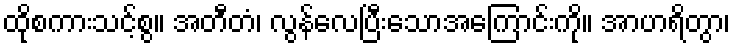
ထိုစကားသင့်စွ။ အတီတံ၊ လွန်လေပြီးသောအကြောင်းကို။ အာဟရိတွာ၊